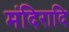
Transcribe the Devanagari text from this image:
मंदिरादि